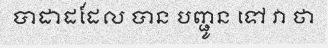
បាដាដដែល បាន បញ្ជូន ទៅ វា ថា